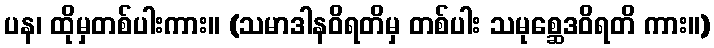
ပန၊ ထိုမှတစ်ပါးကား။ (သမာဒါနဝိရတိမှ တစ်ပါး သမုစ္ဆေဒဝိရတိ ကား။)